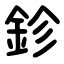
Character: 鉁